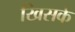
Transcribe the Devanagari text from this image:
खिसके